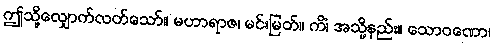
ဤသို့လျှောက်လတ်သော်။ မဟာရာဇ၊ မင်းမြတ်။ ကိံ၊ အသို့နည်း။ သောဝဏော၊